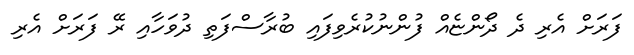
ފަރަށް އެރި ދެ ދޯންޏެއް ފުންނުކުރެވިފައި ބުރާސްފަތި ދުވަހާއި ރޭ ފަރަށް އެރި